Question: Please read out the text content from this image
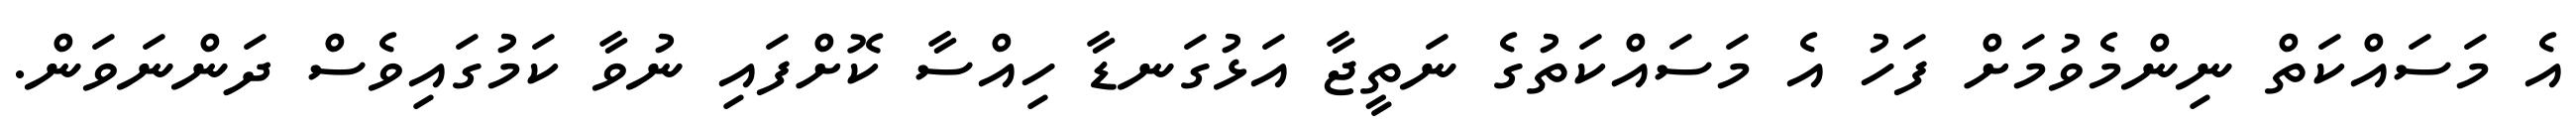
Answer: އެ މަސައްކަތް ނިންމެވުމަށް ފަހު އެ މަސައްކަތުގެ ނަތީޖާ އަޅުގަނޑާ ހިއްސާ ކޮށްފައި ނުވާ ކަމުގައިވެސް ދަންނަވަން.